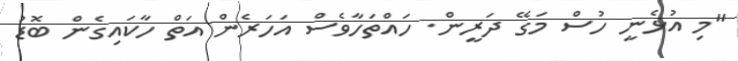
"މި އުޅެނީ ހުސް މަގޭ ދަރީން. ހައްތަހާވެސް އަހަރެން އަތް ހާކައިގެން ބޮޑު